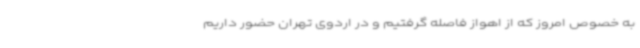
به خصوص امروز که از اهواز فاصله گرفتیم و در اردوی تهران حضور داریم